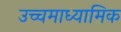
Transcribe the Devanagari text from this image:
उच्चमाध्यामिक